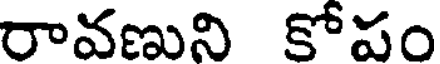
రావణుని కోపం